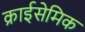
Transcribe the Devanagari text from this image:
क्राईसेमिक